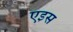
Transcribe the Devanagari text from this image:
एइस